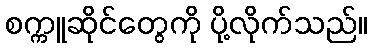
စက္ကူဆိုင်တွေကို ပို့လိုက်သည်။